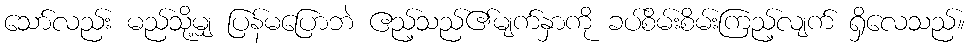
သော်လည်း မည်သို့မျှ ပြန်မပြောဘဲ ဧည့်သည်၏မျက်နှာကို ခပ်စိမ်းစိမ်းကြည့်လျက် ရှိလေသည်။